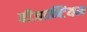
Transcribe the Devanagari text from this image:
बीजान्टियम